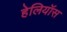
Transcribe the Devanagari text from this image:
हेलियॉस